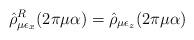
LaTeX: \begin{align*}\hat{\rho}^R_{\mu\epsilon_x}(2\pi\mu\alpha)=\hat{\rho}_{\mu\epsilon_z}(2\pi\mu\alpha)~~~\end{align*}